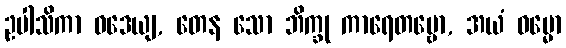
ဥပါသိကာ ဝဒေယျ, တေန သော ဘိက္ခု ကာရေတဗ္ဗော, အယံ ဓမ္မော